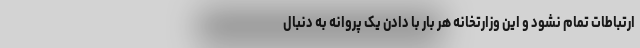
ارتباطات تمام نشود و این وزارتخانه هر بار با دادن یک پروانه به دنبال